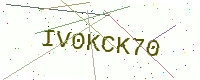
Text: IV0KCK70